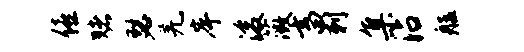
僖赌瑟羌岸浚薇畜刺集沾艋